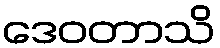
ဒေဝတာသိ